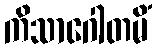
ကိသာဂေါတမိံ